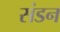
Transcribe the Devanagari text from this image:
संडन